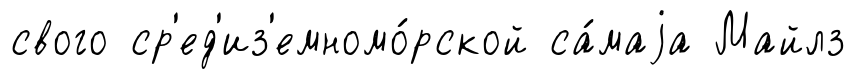
свого ср'ед'из'емномо́рской са́маjа Майлз